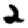
Digit: 2